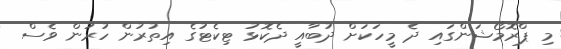
މި ޕްރޮމޯޝަންގައި ދެ މީހަކަށް ދުބާއީ ދެކޮޅު ޓިކެޓުގެ އިތުރުން ހުރުން ވެސް